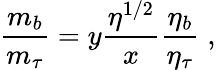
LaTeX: {\frac{m_{b}}{m_{\tau}}}=y{\frac{\eta^{1/2}}{x}}{\frac{\eta_{b}}{\eta_{\tau}}}\; ,